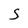
Character: S